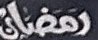
رمضان